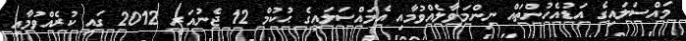
މައްސަލައިގެ އަޑުއެހުންތައް ނިންމަވާލެއްވުމާއި އެމައްސަލައިގެ ޙުކުމް 12 ޖެނުއަރީ 2012 ގައި ކުރެއްވުމާއި